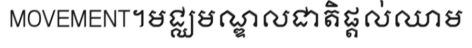
MOVEMENT។មជ្ឈមណ្ឌលជាតិផ្តល់ឈាម